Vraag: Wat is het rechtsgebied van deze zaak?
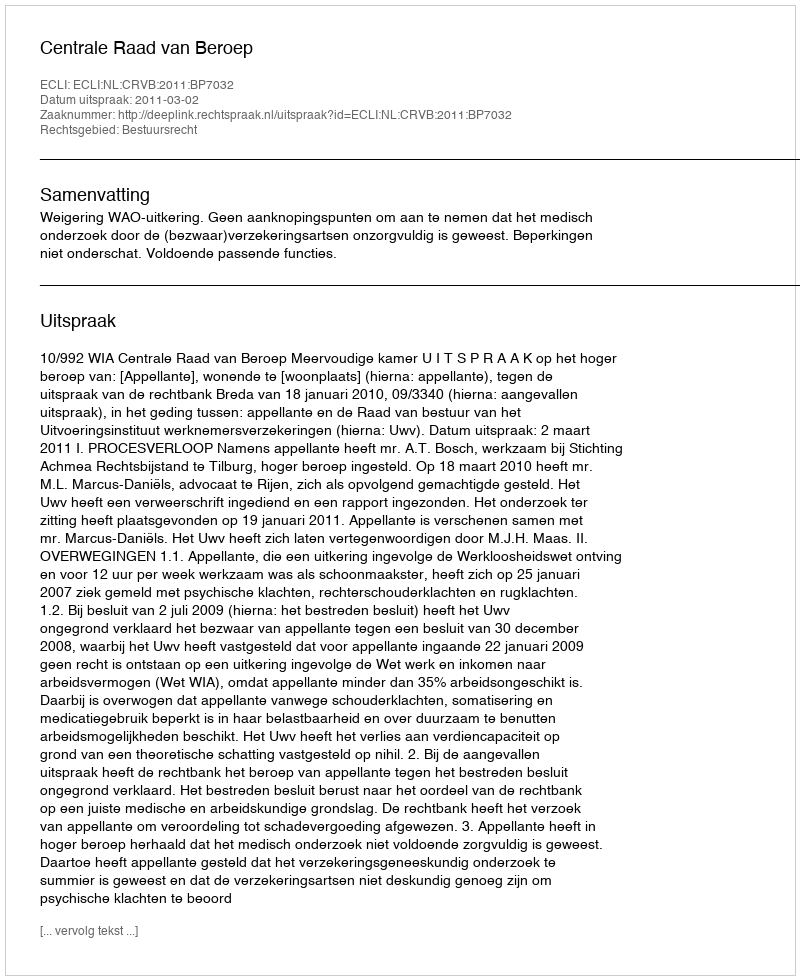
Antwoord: Bestuursrecht